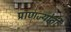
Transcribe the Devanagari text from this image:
प्राणज्योती